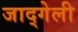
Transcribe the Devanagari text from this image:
जाद्गेली